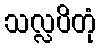
သလ္လပိတုံ